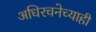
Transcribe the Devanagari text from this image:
अधिरचनेच्याही